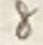
Text: 8